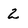
Character: 2